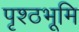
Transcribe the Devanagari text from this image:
पृश्ठभूमि